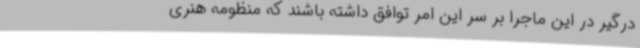
درگیر در این ماجرا بر سر این امر توافق داشته باشند که منظومه هنری